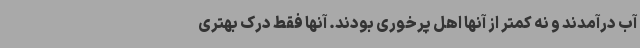
آب درآمدند و نه کمتر از آنها اهل پرخوری بودند. آنها فقط درک بهتری